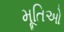
મૂતિઓ